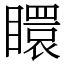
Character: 䁵